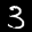
Label: 3